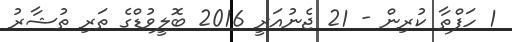
1 ހަފްތާ ކުރިން - 21 ޖެނުއަރީ 2016 ބޮލީވުޑްގެ ތަރި ތުޝާރު